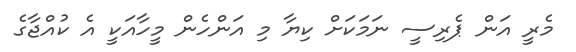
މެރީ އަން ޕެރިސީ ނަމަކަށް ކިޔާ މި އަންހެން މީހާއަކީ އެ ކުއްޖާގެ